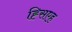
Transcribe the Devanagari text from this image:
ह्सिएह